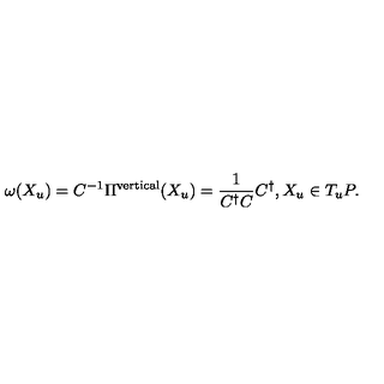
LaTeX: \omega ( X _ { u } ) = C ^ { - 1 } \Pi ^ { \mathrm { v e r t i c a l } } ( X _ { u } ) = \frac { 1 } { C ^ { \dagger } C } C ^ { \dagger } , X _ { u } \in T _ { u } P .